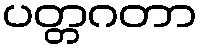
ပတ္တဂတာ